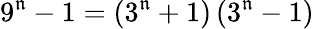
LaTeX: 9^{\mathfrak{n}}-1=\left(3^{\mathfrak{n}}+1\right)\left(3^{\mathfrak{n}}-1\right)